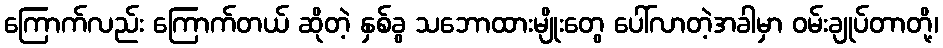
ကြောက်လည်း ကြောက်တယ် ဆိုတဲ့ နှစ်ခွ သဘောထားမျိုးတွေ ပေါ်လာတဲ့အခါမှာ ဝမ်းချုပ်တာတို့၊